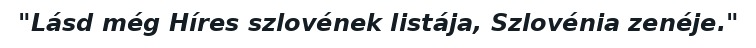
"Lásd még Híres szlovének listája, Szlovénia zenéje."